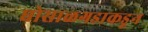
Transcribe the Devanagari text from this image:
घोसाळगडाकडून